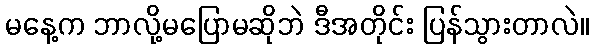
မနေ့က ဘာလို့မပြောမဆိုဘဲ ဒီအတိုင်း ပြန်သွားတာလဲ။